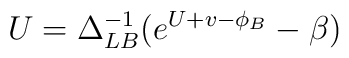
U = \Delta_{LB}^{-1} (e^{U+v-\phi_B} - \beta)